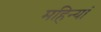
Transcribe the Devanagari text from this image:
महिन्यां